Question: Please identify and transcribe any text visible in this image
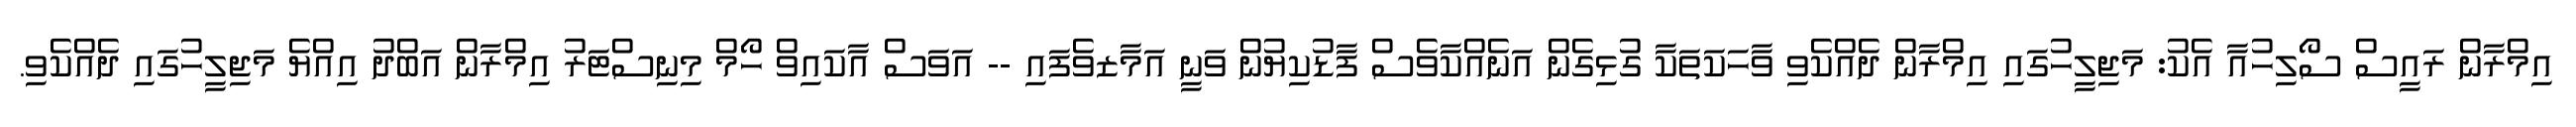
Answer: އިމްރާން ރައީސް ސޯލިހުއާ އެކު: މަޖިލީހުގައި އިމްރާން ދެއްކެވި ވާހަކަތަކާ ގުޅިގެން އަނެއްކާވެސް ފާޑުކިޔުން ވަނީ އަމާޒވެފައި -- އަވަސް އާކައިވް ހޯމް މިނިސްޓަރު އިމްރާން އަބްދު އިއްޔެ މަޖިލީހުގައި ދެއްކެވި.